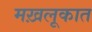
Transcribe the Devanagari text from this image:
मख़लूकात